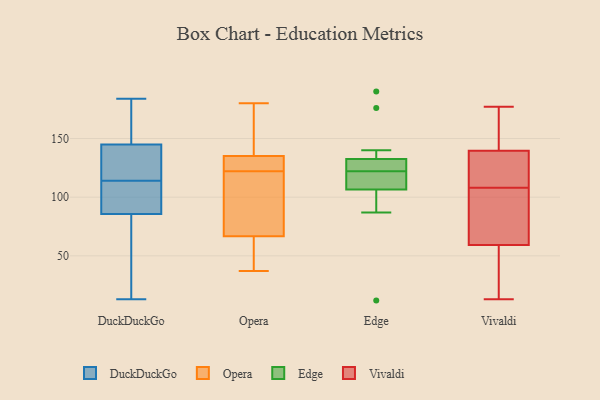
{"axis": {"x": "Headcount", "y": "Value"}, "legend": ["DuckDuckGo", "Edge", "Opera", "Vivaldi"], "data": [{"x": "", "y": 97, "type": "DuckDuckGo"}, {"x": "", "y": 122, "type": "DuckDuckGo"}, {"x": "", "y": 133, "type": "DuckDuckGo"}, {"x": "", "y": 93, "type": "DuckDuckGo"}, {"x": "", "y": 87, "type": "DuckDuckGo"}, {"x": "", "y": 13, "type": "DuckDuckGo"}, {"x": "", "y": 82, "type": "DuckDuckGo"}, {"x": "", "y": 143, "type": "DuckDuckGo"}, {"x": "", "y": 184, "type": "DuckDuckGo"}, {"x": "", "y": 174, "type": "DuckDuckGo"}, {"x": "", "y": 62, "type": "DuckDuckGo"}, {"x": "", "y": 151, "type": "DuckDuckGo"}, {"x": "", "y": 114, "type": "DuckDuckGo"}, {"x": "", "y": 72, "type": "Opera"}, {"x": "", "y": 151, "type": "Opera"}, {"x": "", "y": 131, "type": "Opera"}, {"x": "", "y": 51, "type": "Opera"}, {"x": "", "y": 134, "type": "Opera"}, {"x": "", "y": 49, "type": "Opera"}, {"x": "", "y": 88, "type": "Opera"}, {"x": "", "y": 114, "type": "Opera"}, {"x": "", "y": 122, "type": "Opera"}, {"x": "", "y": 180, "type": "Opera"}, {"x": "", "y": 37, "type": "Opera"}, {"x": "", "y": 138, "type": "Opera"}, {"x": "", "y": 131, "type": "Opera"}, {"x": "", "y": 190, "type": "Edge"}, {"x": "", "y": 176, "type": "Edge"}, {"x": "", "y": 102, "type": "Edge"}, {"x": "", "y": 121, "type": "Edge"}, {"x": "", "y": 87, "type": "Edge"}, {"x": "", "y": 123, "type": "Edge"}, {"x": "", "y": 12, "type": "Edge"}, {"x": "", "y": 140, "type": "Edge"}, {"x": "", "y": 116, "type": "Edge"}, {"x": "", "y": 125, "type": "Edge"}, {"x": "", "y": 111, "type": "Edge"}, {"x": "", "y": 125, "type": "Edge"}, {"x": "", "y": 13, "type": "Vivaldi"}, {"x": "", "y": 51, "type": "Vivaldi"}, {"x": "", "y": 39, "type": "Vivaldi"}, {"x": "", "y": 172, "type": "Vivaldi"}, {"x": "", "y": 154, "type": "Vivaldi"}, {"x": "", "y": 93, "type": "Vivaldi"}, {"x": "", "y": 84, "type": "Vivaldi"}, {"x": "", "y": 115, "type": "Vivaldi"}, {"x": "", "y": 177, "type": "Vivaldi"}, {"x": "", "y": 135, "type": "Vivaldi"}, {"x": "", "y": 85, "type": "Vivaldi"}, {"x": "", "y": 91, "type": "Vivaldi"}, {"x": "", "y": 35, "type": "Vivaldi"}, {"x": "", "y": 141, "type": "Vivaldi"}, {"x": "", "y": 133, "type": "Vivaldi"}, {"x": "", "y": 172, "type": "Vivaldi"}, {"x": "", "y": 113, "type": "Vivaldi"}, {"x": "", "y": 108, "type": "Vivaldi"}, {"x": "", "y": 30, "type": "Vivaldi"}]}